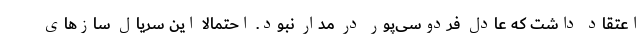
اعتقاد داشت که عادل فردوسی‌پور در مدار نبود. احتمالا این سریال سازهای